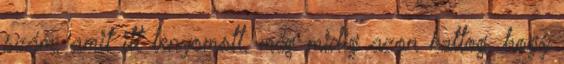
szám, amit itt lenyomott, még midig azon kattog, hogy